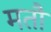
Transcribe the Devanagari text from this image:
मतौ